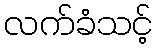
လက်ခံသင့်